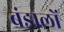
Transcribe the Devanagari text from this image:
बंडालों